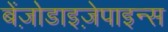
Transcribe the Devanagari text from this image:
बेंज़ोडाइज़ेपाइन्स